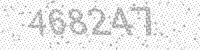
Solution: 468247